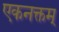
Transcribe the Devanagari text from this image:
एकनक्तम्